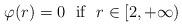
LaTeX: \begin{align*}\varphi(r)=0 \ \ \hbox{if} \ \ r\in[2,+\infty) \end{align*}